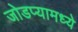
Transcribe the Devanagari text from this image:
जोडप्यामध्ये